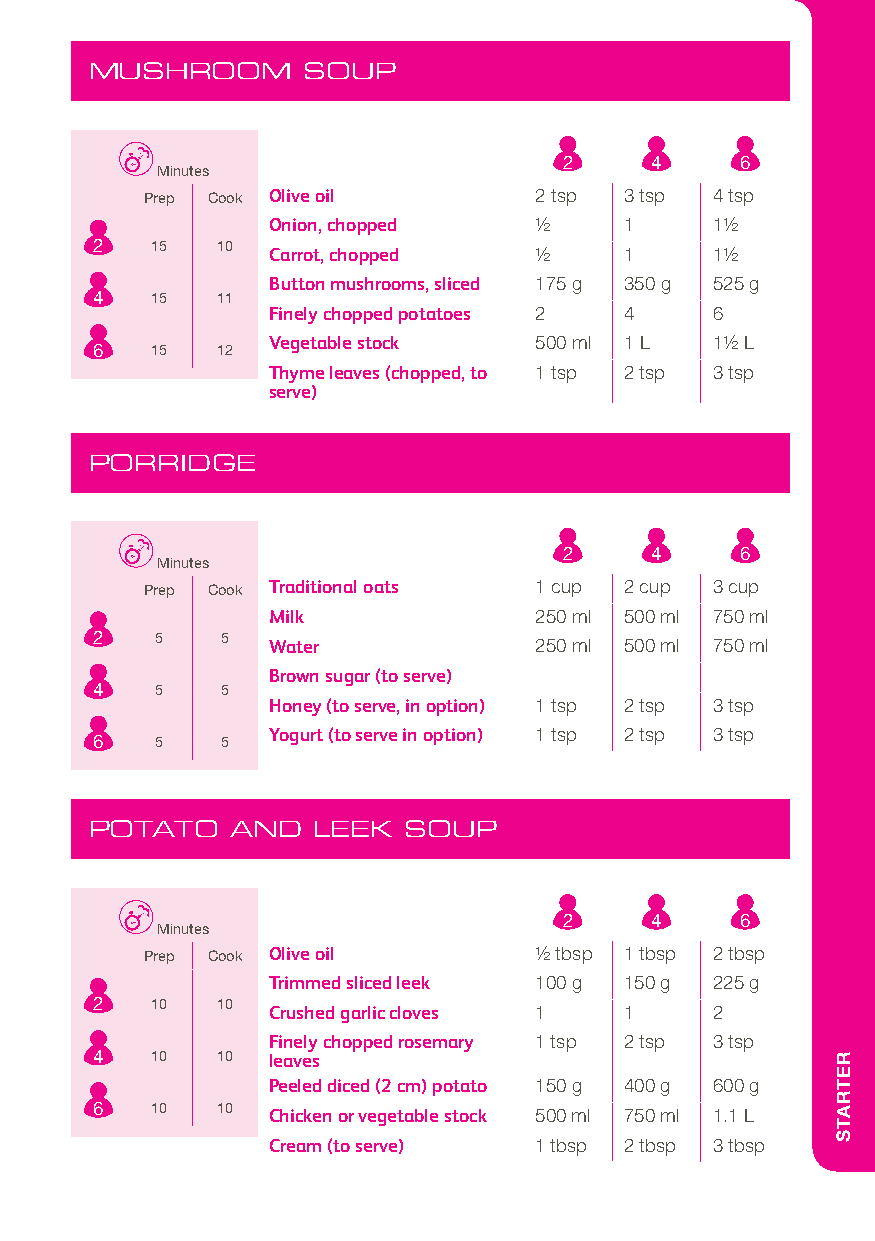
MUSHROOM      SOUP
 2     4     6
 Minutes
 Prep Cook Olive oil      2 tsp 3 tsp 4 tsp
 Onion, chopped   1/2   1     11/2
 2   15  10
 Carrot, chopped  1/2   1     11/2
 Button mushrooms, sliced 175 g 350 g 525 g
 4   15  11
 Finely chopped potatoes 2 4  6
 Vegetable stock  500 ml 1 L  11/2 L
 6   15  12
 Thyme leaves (chopped, to 1 tsp 2 tsp 3 tsp
 serve)
 PORRIDGE
 2     4     6
 Minutes
 Prep Cook Traditional oats 1 cup 2 cup 3 cup
 Milk             250 ml 500 ml 750 ml
 2   5    5
 Water            250 ml 500 ml 750 ml
 Brown sugar (to serve)
 4   5    5
 Honey (to serve, in option) 1 tsp 2 tsp 3 tsp
 Yogurt (to serve in option) 1 tsp 2 tsp 3 tsp
 6   5    5
 POTATO   AND   LEEK  SOUP
 2     4     6
 Minutes
 Prep Cook Olive oil      1/2 tbsp 1 tbsp 2 tbsp
 Trimmed sliced leek 100 g 150 g 225 g
 2   10  10
 Crushed garlic cloves 1 1    2
 Finely chopped rosemary 1 tsp 2 tsp 3 tsp
 4   10  10  leaves
 Peeled diced (2 cm) potato 150 g 400 g 600 g
 6   10  10  Chicken or vegetable stock 500 ml 750 ml 1.1 L
 Cream (to serve) 1 tbsp 2 tbsp 3 tbsp
 RETRATS